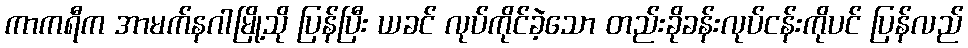
ကာကရီက အာမက်နဂါမြို့သို ပြန်ပြီး ယခင် လုပ်ကိုင်ခဲ့သော တည်းခိုခန်းလုပ်ငန်းကိုပင် ပြန်လည်